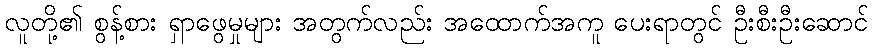
လူတို့၏ စွန့်စား ရှာဖွေမှုများ အတွက်လည်း အထောက်အကူ ပေးရာတွင် ဦးစီးဦးဆောင်